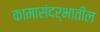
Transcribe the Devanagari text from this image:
कामासंदर्भातील